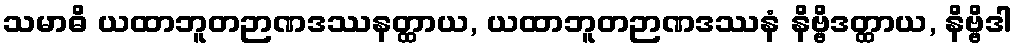
သမာဓိ ယထာဘူတဉာဏဒဿနတ္ထာယ, ယထာဘူတဉာဏဒဿနံ နိဗ္ဗိဒတ္ထာယ, နိဗ္ဗိဒါ